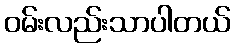
ဝမ်းလည်းသာပါတယ်